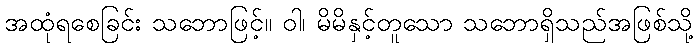
အထုံရစေခြင်း သဘောဖြင့်။ ဝါ၊ မိမိနှင့်တူသော သဘောရှိသည်အဖြစ်သို့